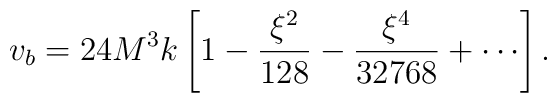
v_b = 24 M^3 k \left[ 1 - \frac{\xi^2}{128} - \frac{\xi^4}{32768} +		      \cdots \right].